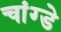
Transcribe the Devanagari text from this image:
चांग्डे